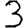
Digit: 3